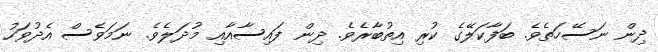
ދިން ނަސޭހަތެވެ. ބަފާކަލޭގެ ކުރި އިތުބާރެވެ. ދިން ފައިސާއާއި މުދަލެވެ. ނަމަވެސް އެދުވަހު